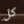
كل